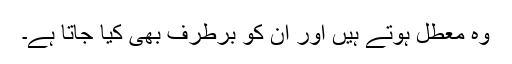
وہ معطل ہوتے ہیں اور ان کو برطرف بھی کیا جاتا ہے۔